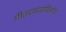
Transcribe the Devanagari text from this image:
गीतराघवाविर्भावः